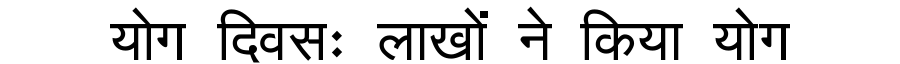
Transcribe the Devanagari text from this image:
योग दिवसः लाखों ने किया योग